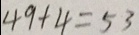
4 9 + 4 = 5 3